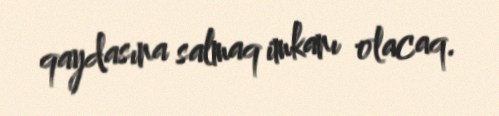
qaydasına salmaq imkanı olacaq.